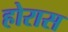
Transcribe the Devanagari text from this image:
होरास